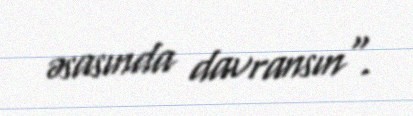
əsasında davransın".